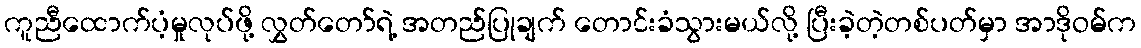
ကူညီထောက်ပံ့မှုလုပ်ဖို့ လွှတ်တော်ရဲ့ အတည်ပြုချက် တောင်းခံသွားမယ်လို့ ပြီးခဲ့တဲ့တစ်ပတ်မှာ အာဒိုဝမ်က